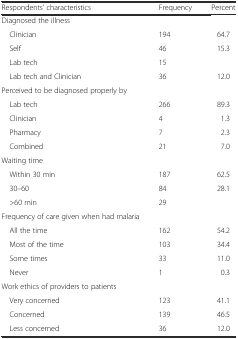
<table><thead><tr><td><b>Respondents’ characteristics</b></td><td><b>Frequency</b></td><td><b>Percent</b></td></tr></thead><tbody><tr><td>Diagnosed the illness</td><td>[EMPTY_CELL]</td><td>[EMPTY_CELL]</td></tr><tr><td> Clinician</td><td>194</td><td>64.7</td></tr><tr><td> Self</td><td>46</td><td>15.3</td></tr><tr><td> Lab tech</td><td>15</td><td>[EMPTY_CELL]</td></tr><tr><td> Lab tech and Clinician</td><td>36</td><td>12.0</td></tr><tr><td>Perceived to be diagnosed properly by</td><td>[EMPTY_CELL]</td><td>[EMPTY_CELL]</td></tr><tr><td> Lab tech</td><td>266</td><td>89.3</td></tr><tr><td> Clinician</td><td>4</td><td>1.3</td></tr><tr><td> Pharmacy</td><td>7</td><td>2.3</td></tr><tr><td> Combined</td><td>21</td><td>7.0</td></tr><tr><td>Waiting time</td><td>[EMPTY_CELL]</td><td>[EMPTY_CELL]</td></tr><tr><td> Within 30 min</td><td>187</td><td>62.5</td></tr><tr><td> 30–60</td><td>84</td><td>28.1</td></tr><tr><td> &gt;60 min</td><td>29</td><td>[EMPTY_CELL]</td></tr><tr><td>Frequency of care given when had malaria</td><td>[EMPTY_CELL]</td><td>[EMPTY_CELL]</td></tr><tr><td> All the time</td><td>162</td><td>54.2</td></tr><tr><td> Most of the time</td><td>103</td><td>34.4</td></tr><tr><td> Some times</td><td>33</td><td>11.0</td></tr><tr><td> Never</td><td>1</td><td>0.3</td></tr><tr><td>Work ethics of providers to patients</td><td>[EMPTY_CELL]</td><td>[EMPTY_CELL]</td></tr><tr><td> Very concerned</td><td>123</td><td>41.1</td></tr><tr><td> Concerned</td><td>139</td><td>46.5</td></tr><tr><td> Less concerned</td><td>36</td><td>12.0</td></tr></tbody></table>